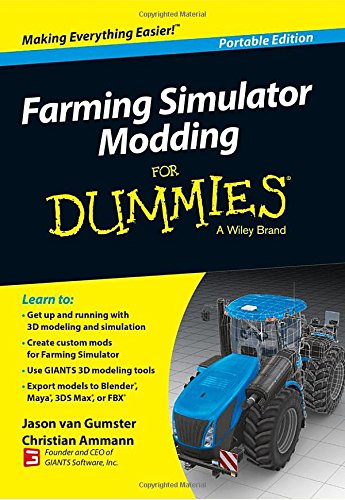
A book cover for Farming Simulator Modding For Dummies; Jason van Gumster; Computers & Technology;